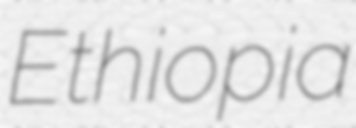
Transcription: Ethiopia